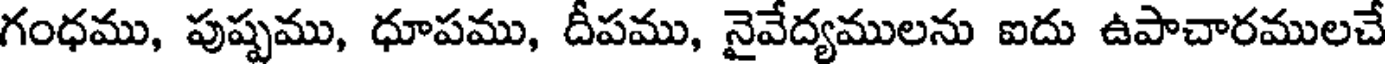
గంధము, పుష్పము, ధూపము, దీపము, నైవేద్యములను ఐదు ఉపాచారములచే